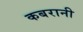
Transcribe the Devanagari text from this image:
कबरानी